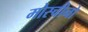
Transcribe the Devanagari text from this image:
मोस्चीनो